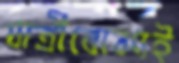
যাত্রীবোঝাই